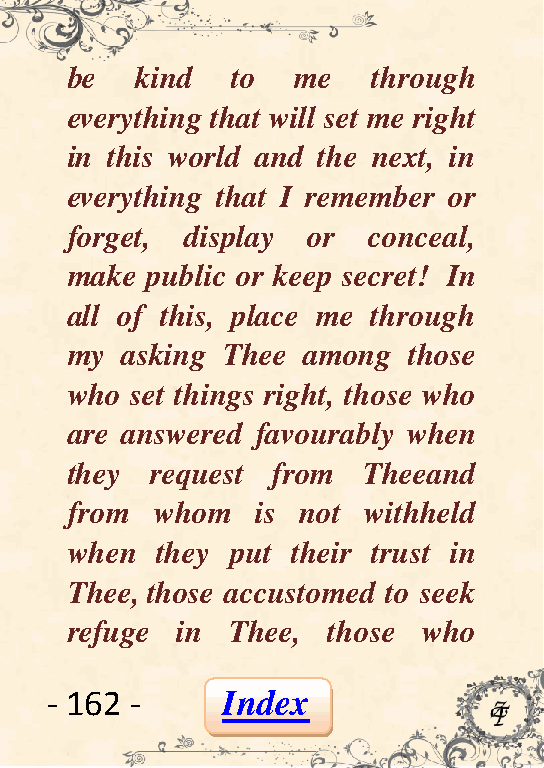
be   kind  to   me   through
 everything that will set me right
 in this world and the next, in
 everything that I remember or
 forget, display or  conceal,
 make  public or keep secret! In
 all of this, place me through
 my  asking Thee among  those
 who  set things right, those who
 are answered favourably when
 they  request from  Theeand
 from  whom   is not withheld
 when  they put their trust in
 Thee, those accustomed to seek
 refuge  in Thee,  those who
 - 162 -     Index